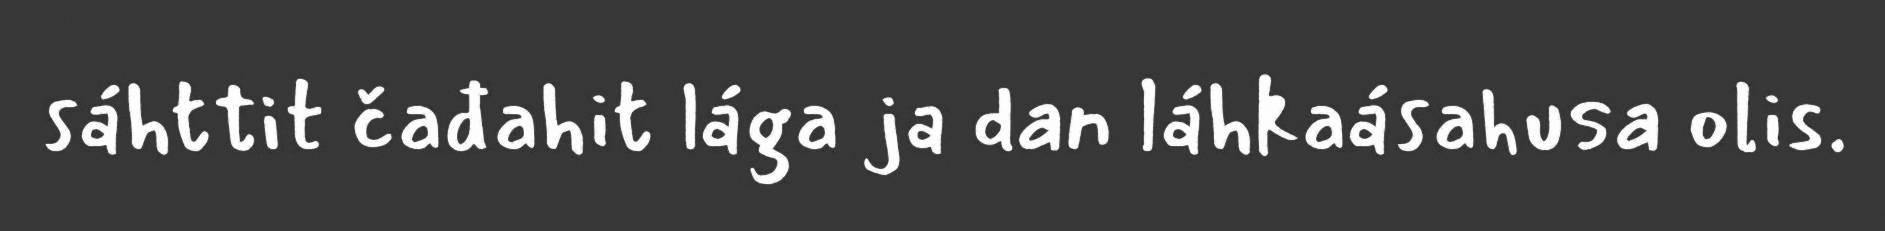
sáhttit čađahit lága ja dan láhkaásahusa olis.